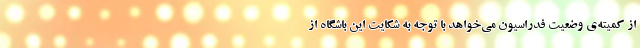
از کمیته‌ی وضعیت فدراسیون می‌خواهد با توجه به شکایت این باشگاه از